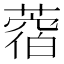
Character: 𦼑